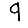
Digit: 9